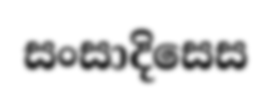
සංසාදිසෙස